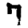
Digit: 7